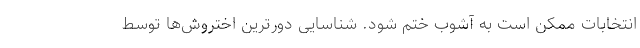
انتخابات ممکن است به آشوب ختم شود. شناسایی دورترین اختروش‌ها توسط